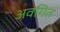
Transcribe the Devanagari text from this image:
अवगित